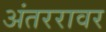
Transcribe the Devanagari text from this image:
अंतररावर